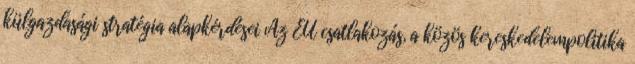
külgazdasági stratégia alapkérdései Az EU csatlakozás, a közös kereskedelempolitika